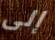
إلى